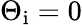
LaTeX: \Theta_{\mathrm{i}}=0